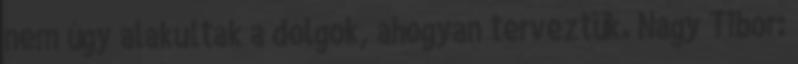
nem úgy alakultak a dolgok, ahogyan terveztük. Nagy Tibor: